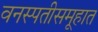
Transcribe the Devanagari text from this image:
वनस्पतीसमूहात